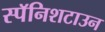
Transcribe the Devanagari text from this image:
स्पॅनिशटाउन